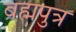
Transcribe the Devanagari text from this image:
बह्मपुत्र